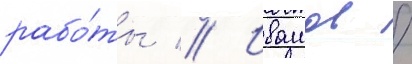
рабо́ты // Ивашов /